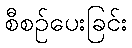
စီစဉ်ပေးခြင်း